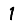
Digit: 1